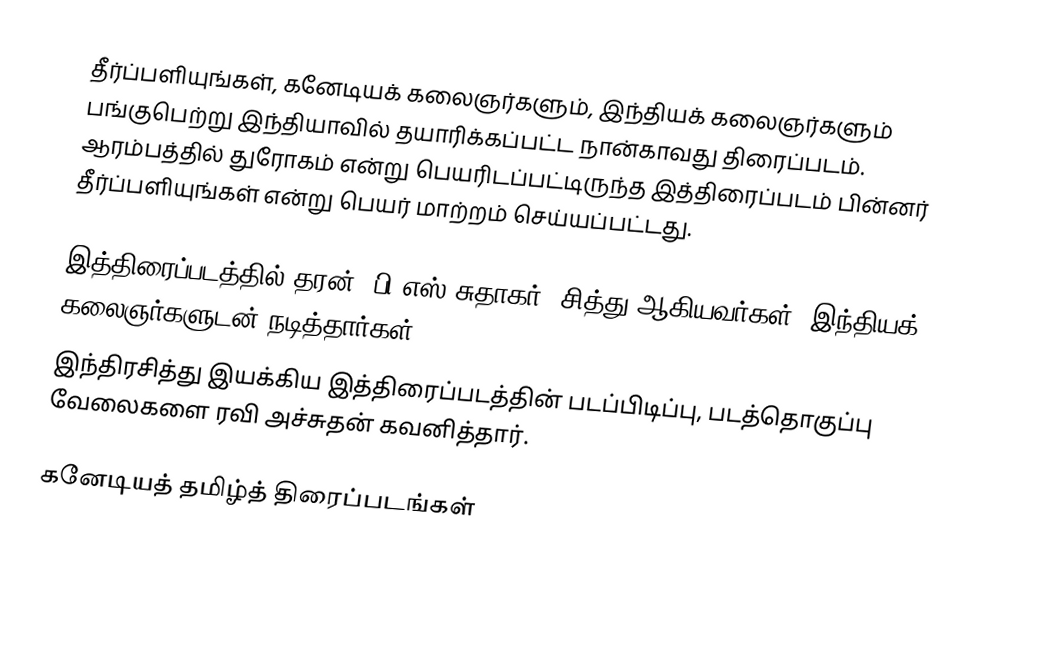
தீர்ப்பளியுங்கள், கனேடியக் கலைஞர்களும், இந்தியக் கலைஞர்களும் பங்குபெற்று இந்தியாவில் தயாரிக்கப்பட்ட நான்காவது திரைப்படம். ஆரம்பத்தில் துரோகம் என்று பெயரிடப்பட்டிருந்த இத்திரைப்படம் பின்னர் தீர்ப்பளியுங்கள் என்று பெயர் மாற்றம் செய்யப்பட்டது.

இத்திரைப்படத்தில் தரன், பி.எஸ்.சுதாகர், சித்து ஆகியவர்கள், இந்தியக் கலைஞர்களுடன் நடித்தார்கள்.
இந்திரசித்து இயக்கிய இத்திரைப்படத்தின் படப்பிடிப்பு, படத்தொகுப்பு வேலைகளை ரவி அச்சுதன் கவனித்தார்.

கனேடியத் தமிழ்த் திரைப்படங்கள்